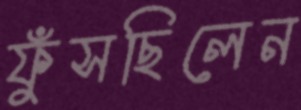
ফুঁসছিলেন